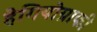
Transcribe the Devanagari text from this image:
हेगियोग्राफी